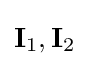
\mathbf {I} _{1},\mathbf {I} _{2}